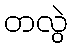
တလွဲ